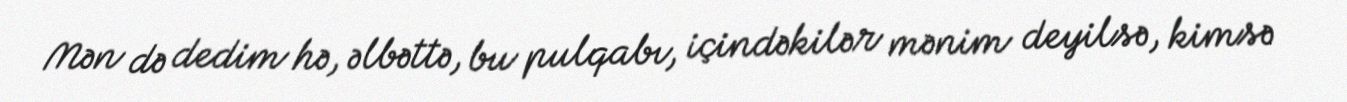
Mən də dedim hə, əlbəttə, bu pulqabı, içindəkilər mənim deyilsə, kimsə